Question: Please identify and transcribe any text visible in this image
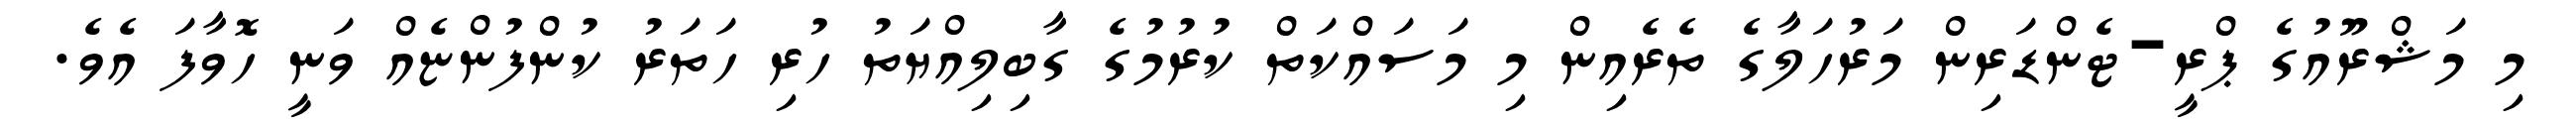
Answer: މި މަޝްރޫއުގެ ޕްރީ-ޓެންޑަރިން މަރުހަލާގެ ތެރެއިން މި މަސައްކަތް ކުރުމުގެ ގާބިލިއްޔަތު ހުރި ހަތަރު ކުންފުންޏެއް ވަނީ ހޮވާފަ އެވެ.